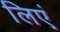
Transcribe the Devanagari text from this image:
लिएं